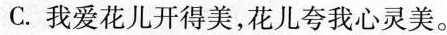
C.我爱花儿开得美，花儿夸我心灵美。